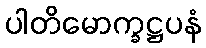
ပါတိမောက္ခဋ္ဌပနံ